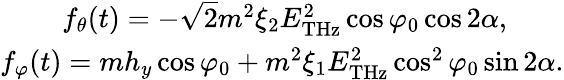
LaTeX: \begin{array}{r}{f_{\theta}(t)=-\sqrt{2}m^{2}\xi_{2}E_{\mathrm{THz}}^{2}\cos\varphi_{0}\cos 2\alpha,\quad\quad}\\ {f_{\varphi}(t)=mh_{y}\cos\varphi_{0}+m^{2}\xi_{1}E_{\mathrm{THz}}^{2}\cos^{2}\varphi_{0}\sin 2\alpha.}\end{array}